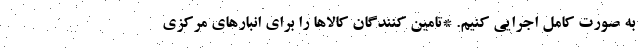
به صورت کامل اجرایی کنیم. *تامین کنندگان کالاها را برای انبارهای مرکزی